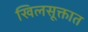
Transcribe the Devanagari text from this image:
खिलसूक्तात